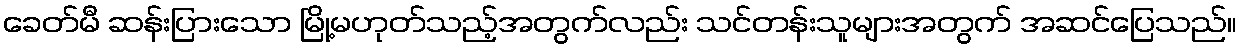
ခေတ်မီ ဆန်းပြားသော မြို့မဟုတ်သည့်အတွက်လည်း သင်တန်းသူများအတွက် အဆင်ပြေသည်။